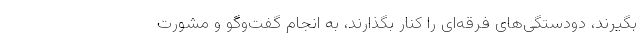
بگیرند، دودستگی‌های فرقه‌ای را کنار بگذارند، به انجام گفت‌وگو و مشورت